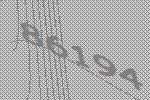
86194